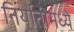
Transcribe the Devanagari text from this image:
निर्यातीमध्ये